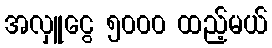
အလှူငွေ ၅၀၀၀ ထည့်မယ်